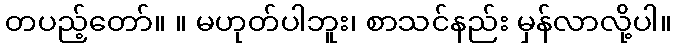
တပည့်တော်။ ။ မဟုတ်ပါဘူး၊ စာသင်နည်း မှန်လာလို့ပါ။